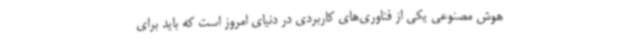
هوش مصنوعی یکی از فناوری‌های کاربردی در دنیای امروز است که باید برای